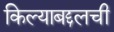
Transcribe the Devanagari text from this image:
किल्याबद्दलची